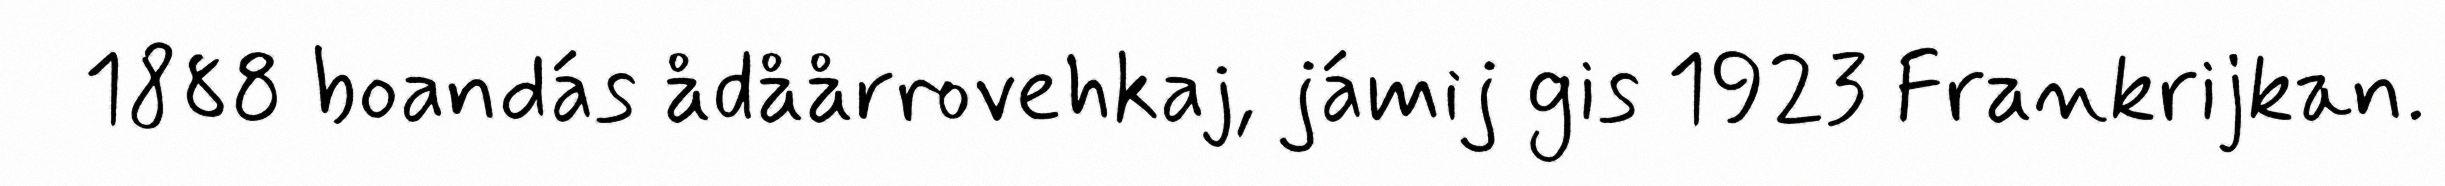
1888 boandás ådåårrovehkaj, jámij gis 1923 Frankrijkan.